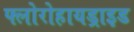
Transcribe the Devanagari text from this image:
फ्लोरोहायड्राइड